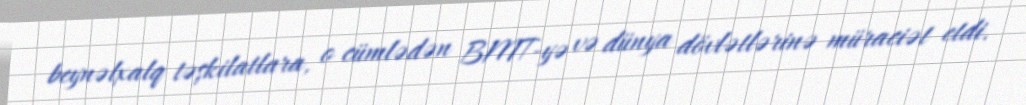
beynəlxalq təşkilatlara, o cümlədən BMT-yə və dünya dövlətlərinə müraciət etdi.